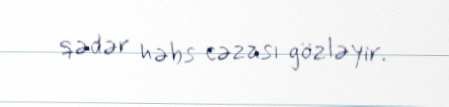
qədər həbs cəzası gözləyir.